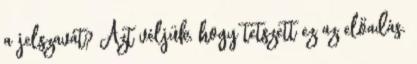
a jelszavát? Azt véljük, hogy tetszett ez az előadás.